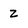
Character: Z